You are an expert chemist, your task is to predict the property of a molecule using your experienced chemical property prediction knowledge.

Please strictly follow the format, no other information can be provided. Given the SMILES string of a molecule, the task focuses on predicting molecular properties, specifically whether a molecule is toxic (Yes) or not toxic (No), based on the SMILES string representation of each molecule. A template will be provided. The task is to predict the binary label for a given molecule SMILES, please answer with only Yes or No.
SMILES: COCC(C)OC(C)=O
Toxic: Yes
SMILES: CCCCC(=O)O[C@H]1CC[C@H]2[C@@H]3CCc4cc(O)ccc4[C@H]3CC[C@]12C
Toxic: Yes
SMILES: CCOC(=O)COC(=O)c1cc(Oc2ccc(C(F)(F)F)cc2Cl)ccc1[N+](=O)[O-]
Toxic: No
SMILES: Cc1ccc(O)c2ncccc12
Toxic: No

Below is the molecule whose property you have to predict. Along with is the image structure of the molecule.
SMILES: OCCN1CCN(CCCN2c3ccccc3C=Cc3ccccc32)CC1
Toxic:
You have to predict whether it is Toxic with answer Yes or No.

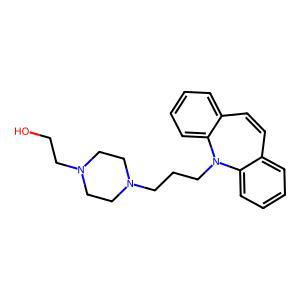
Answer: No